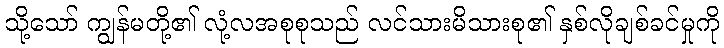
သို့သော် ကျွန်မတို့၏ လုံ့လအစုစုသည် လင်သားမိသားစု၏ နှစ်လိုချစ်ခင်မှုကို